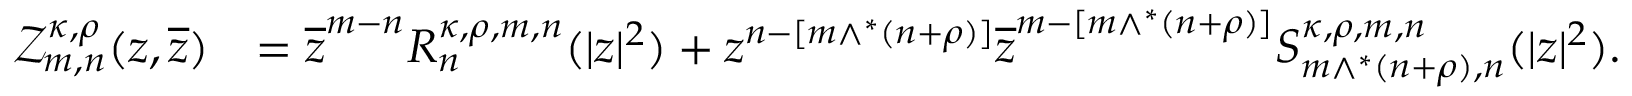
\begin{array} { r l } { \mathcal { Z } _ { m , n } ^ { \kappa , \rho } ( z , \overline { { z } } ) } & { = \overline { { z } } ^ { m - n } R _ { n } ^ { \kappa , \rho , m , n } ( | z | ^ { 2 } ) + z ^ { n - [ m \wedge ^ { * } ( n + \rho ) ] } \overline { { z } } ^ { m - [ m \wedge ^ { * } ( n + \rho ) ] } S _ { m \wedge ^ { * } ( n + \rho ) , n } ^ { \kappa , \rho , m , n } ( | z | ^ { 2 } ) . } \end{array}